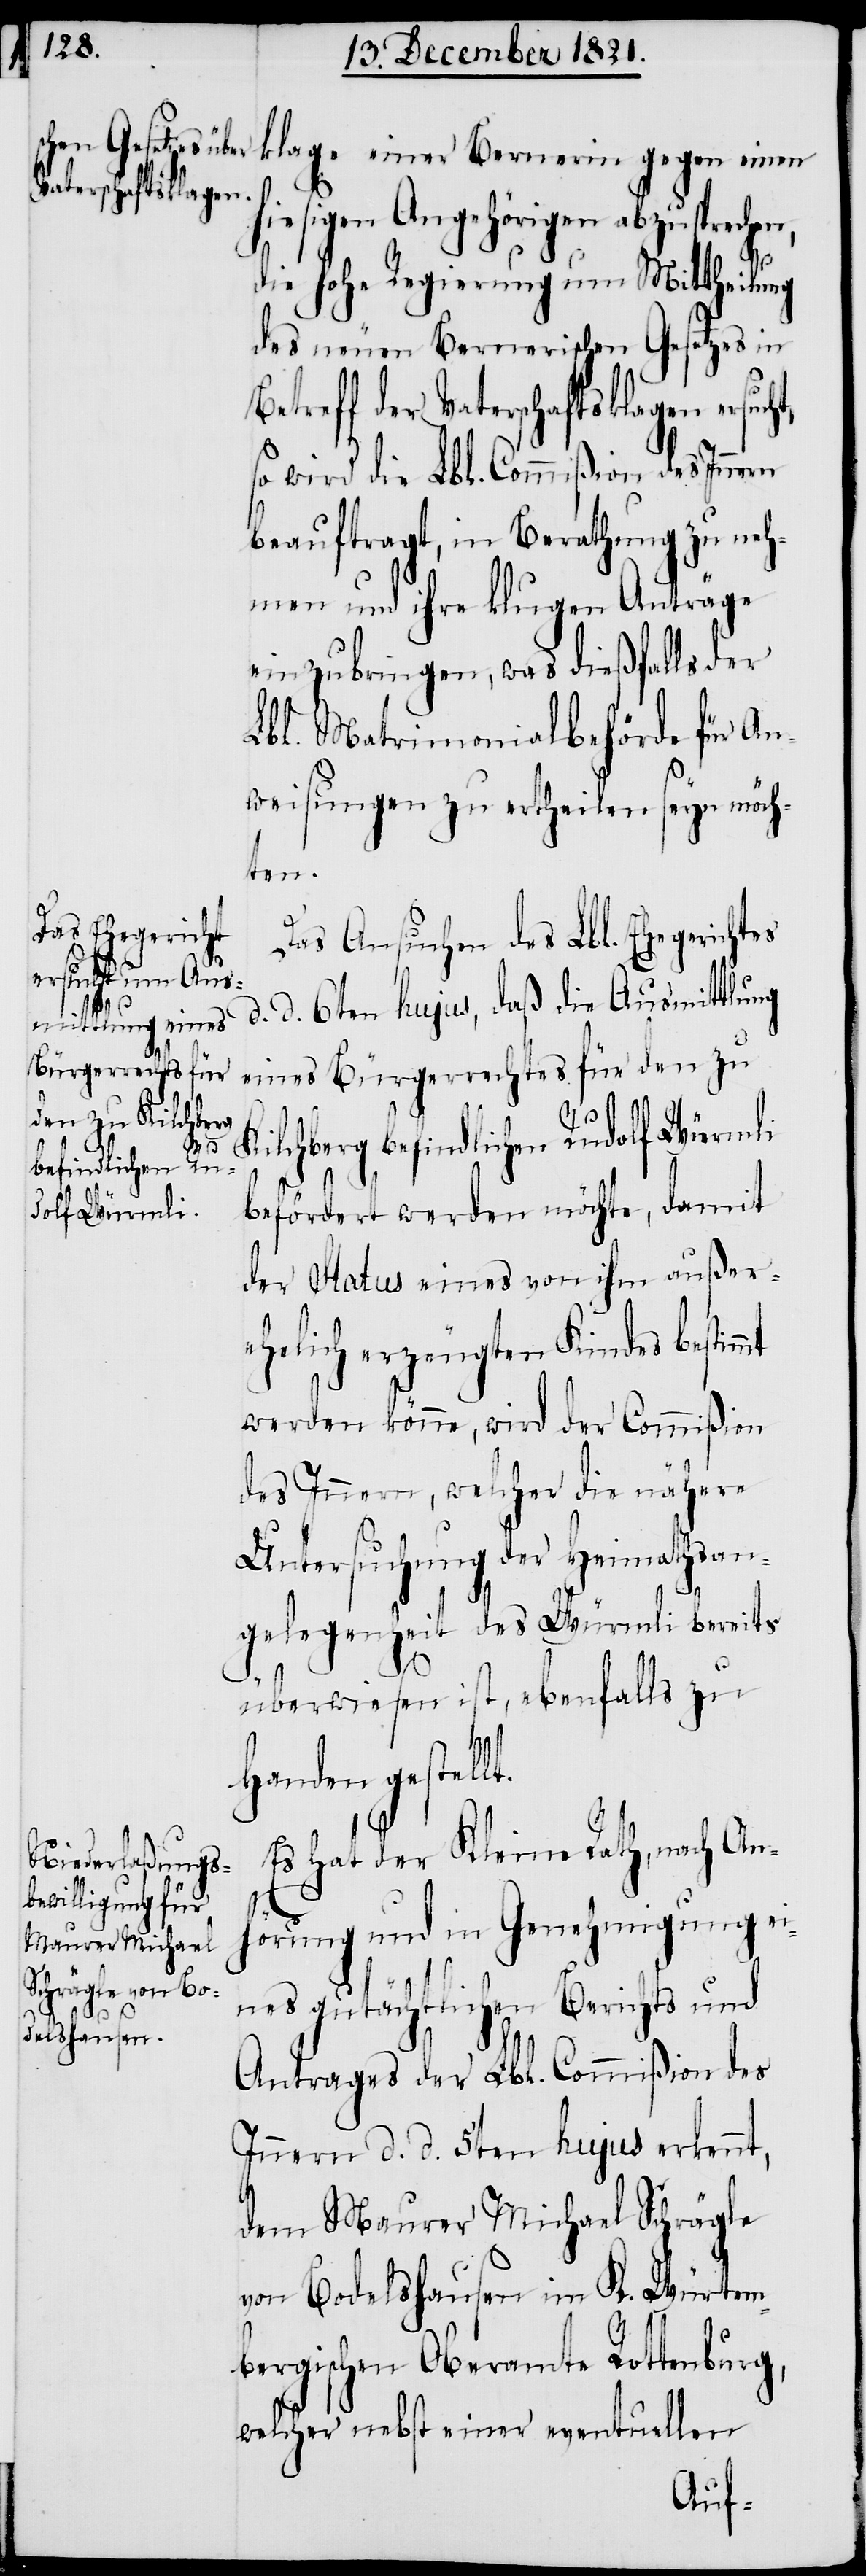
klage einer Bernerin gegen einen
iesigen Angehörigen abzusprechen,
die hohe Regierung um Mittheilung
des neuen Bernerischen Gesetzes in
eines Bürgerechtes für den zu
so wird die Lbl. Commißion des Innern
beauftragt, in Berathung zu neh¬
men und ihre klugen Anträge
einzubringen, was dießfalls der
Lbl. Matrimonialbehörde für An¬
weisungen zu ertheilen seyn möch¬
ten.
Das Ansuchen des Lbl. Ehegerichtes
d. d. 6ten hujus, daß die Ausmittlung
Kilchberg befindlichen Rudolf Würmli
Be¬
befördert werden möchte, damit
der Status eines von ihm außer¬
ehelich erzeugten Kindes bestim¬
werden könne, wird der Commißion
des Innern, welcher die nähere
Untersuchung der Heimathsan¬
gelegenheit des Würmli bereits
überwiesen ist, ebenfalls zu
Handen gestellt.
Es hat der Kleine Rath, nach An¬
mt
hörung und in Genehmigung ei¬
nes gutächtlichen Berichts und
Antrages der Lbl. Commißion des
Innern d. d. 5ten hujus erkennt,
dem Maurer Michael Schrägle
von Bodelshausen im K. Würtem¬
bergischen Oberamte Rottenburg,
welcher nebst einer eventuellen